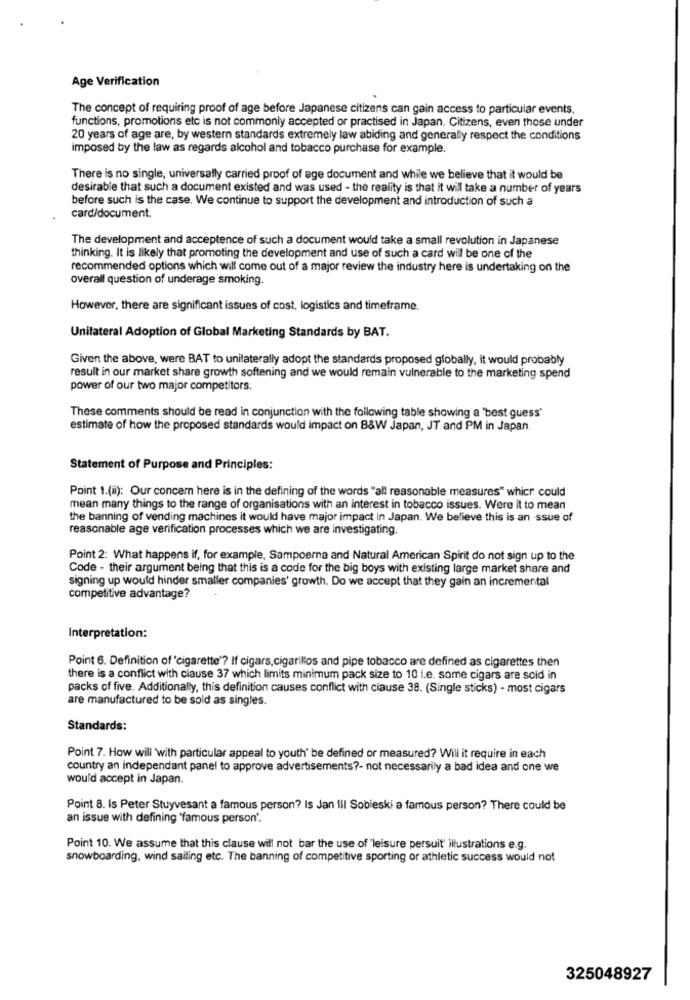
Age Verification
The concept of requiring proof of age before Japanese citizens can gain access to particular events,
functions, promotions etc is not commonly accepted or practised in Japan. Citizens, even those under
20 years of age are, by western standards extremely law abiding and generally respect the conditions
imposed by the law as regards alcohol and tobacco purchase for example.
There is no single, universally carried proof of age document and while we believe that it would be
desirable that such a document existed and was used - the reality is that it will take a number of years
before such is the case. We continue to support the development and introduction of such a
card/document.
The development and acceptence of such a document would take a small revolution in Japanese
thinking. It is likely that promoting the development and use of such a card will be one of the
recommended options which will come out of a major review the industry here is undertaking on the
overall question of underage smoking.
However, there are significant issues of cost, logistics and timeframe.
Unilateral Adoption of Global Marketing Standards by BAT.
Given the above, were BAT to unilaterally adopt the standards proposed globally, it would probably
result in our market share growth softening and we would remain vulnerable to the marketing spend
power of our two major competitors.
These comments should be read in conjunction with the following table showing a 'best guess'
estimate of how the proposed standards would impact on B&W Japan, JT and PM in Japan.
Statement of Purpose and Principles:
Point 1.(ii): Our concern here is in the defining of the words "all reasonable measures" which could
mean many things to the range of organisations with an interest in tobacco issues. Were it to mean
the banning of vending machines it would have major impact in Japan. We believe this is an -ssue of
reasonable age verification processes which we are investigating.
Point 2: What happens if, for example, Sampoerna and Natural American Spirit do not sign up to the
Code - their argument being that this is a code for the big boys with existing large market share and
signing up would hinder smaller companies' growth. Do we accept that they gain an incremental
competitive advantage?
Interpretation:
Point 6. Definition of 'cigarette'? If cigars, cigarillos and pipe tobacco are defined as cigarettes then
there is a conflict with clause 37 which limits minimum pack size to 10 i.e. some cigars are sold in
packs of five. Additionally, this definition causes conflict with clause 38. (Single sticks) - most cigars
are manufactured to be sold as singles.
Standards:
Point 7. How will 'with particular appeal to youth' be defined or measured? Will it require in each
country an independant panel to approve advertisements ?- not necessarily a bad idea and one we
would accept in Japan.
Point 8. Is Peter Stuyvesant a famous person? Is Jan fil Sobieski a famous person? There could be
an issue with defining "famous person'.
Point 10. We assume that this clause will not bar the use of 'leisure persuit' illustrations e.g.
snowboarding, wind sailing etc. The banning of competitive sporting or athletic success would not
325048927